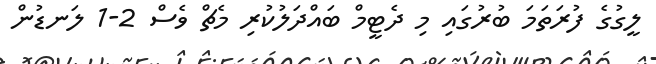
ލީގުގެ ފުރަތަމަ ބުރުގައި މި ދެޓީމް ބައްދަލުކުރި މެޗް ވެސް 2-1 ލަނޑުން